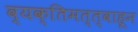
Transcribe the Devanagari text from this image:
व्यक्तिमत्त्वाहून